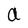
Character: a